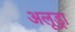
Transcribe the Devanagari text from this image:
अलूड्रा